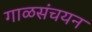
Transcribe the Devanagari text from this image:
गाळसंचयन